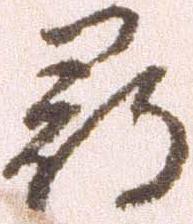
尋